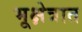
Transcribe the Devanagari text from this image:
भूक्षेत्रात